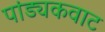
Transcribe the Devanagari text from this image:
पांड्यकवाट